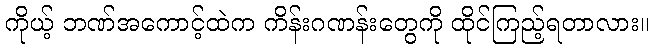
ကိုယ့် ဘဏ်အကောင့်ထဲက ကိန်းဂဏန်းတွေကို ထိုင်ကြည့်ရတာလား။